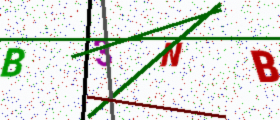
Text: B3NB